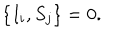
\left\lbrace I _ { i } , S _ { j } \right\rbrace = 0 .